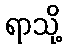
ရာသို့